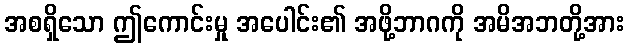
အစရှိသော ဤကောင်းမှု အပေါင်း၏ အဖို့ဘာဂကို အမိအဘတို့အား